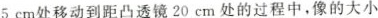
5 cm处移动到距凸透镜20 cm处的过程中，像的大小